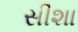
સીશા